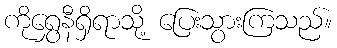
ကိုရွှေနီရှိရာသို့ ပြေးသွားကြသည်။